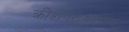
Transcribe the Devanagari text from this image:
क्रीडांगणमडगाव